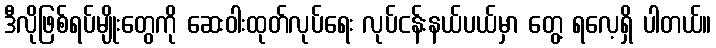
ဒီလိုဖြစ်ရပ်မျိုးတွေကို ဆေးဝါးထုတ်လုပ်ရေး လုပ်ငန်းနယ်ပယ်မှာ တွေ့ ရလေ့ရှိ ပါတယ်။